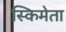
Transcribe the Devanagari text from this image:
स्किमेता